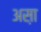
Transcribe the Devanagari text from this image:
अस़ा